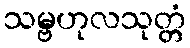
သမ္ဗဟုလသုတ္တံ